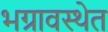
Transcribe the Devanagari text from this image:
भग्रावस्थेत